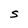
Character: S